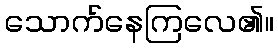
သောက်နေကြလေ၏။